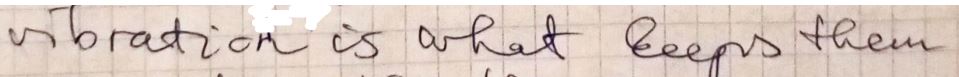
vibration is what keeps them